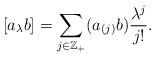
LaTeX: \begin{align*} [a_\lambda b]=\sum_{j\in\mathbb{Z_{+}}}(a_{(j)}b)\frac{\lambda^{j}}{j!}.\end{align*}